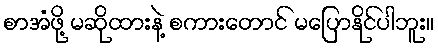
စာအံဖို့ မဆိုထားနဲ့ စကားတောင် မပြောနိုင်ပါဘူး။